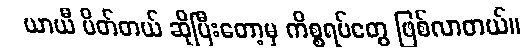
ယာယီ ပိတ်တယ် ဆိုပြီးတော့မှ ကိစ္စရပ်တွေ ဖြစ်လာတယ်။